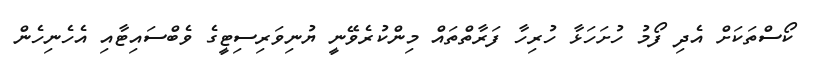
ކޯސްތަކަށް އެދި ފޯމު ހުށަހަޅާ ހުރިހާ ފަރާތްތައް މިންކުރެވޭނީ ޔުނިވަރިސިޓީގެ ވެބްސައިޓާއި އެހެނިހެން